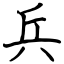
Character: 兵